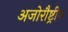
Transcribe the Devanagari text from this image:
अजोरौष्ट्रीय